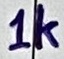
Text: 1k